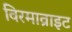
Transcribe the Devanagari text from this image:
विरमाव्राइट